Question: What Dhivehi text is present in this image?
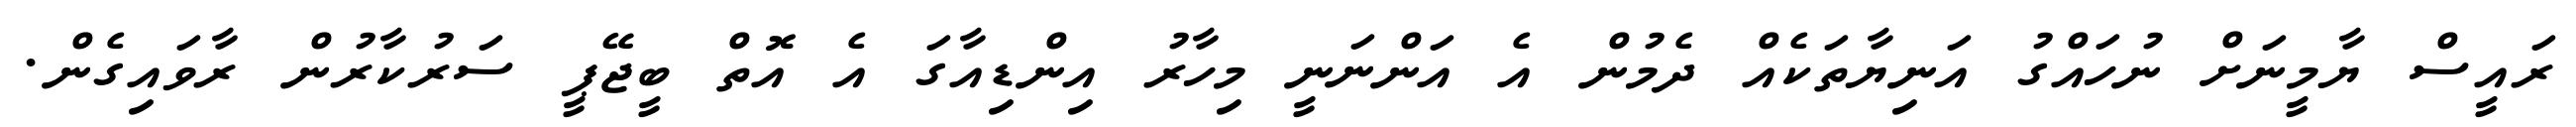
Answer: ރައީސް ޔާމީނަށް ނުހައްގު އަނިޔާތަކެއް ދެމުން އެ އަންނަނީ މިހާރު އިންޑިއާގަ އެ އޮތް ބީޖޭޕީ ސަރުކާރުން ރާވައިގެން.